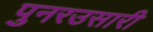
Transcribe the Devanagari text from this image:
पुनरउसारी